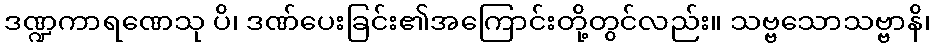
ဒဏ္ဍကာရဏေသု ပိ၊ ဒဏ်ပေးခြင်း၏အကြောင်းတို့တွင်လည်း။ သဗ္ဗသောသဗ္ဗာနိ၊